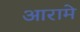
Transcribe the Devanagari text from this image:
आरामे